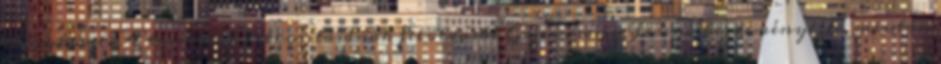
nagykövet. A táviratok titkosításának feloldását Gyurcsány Ferenc kezdeményezte, miután